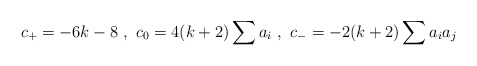
\begin{align*}c_+ = -6k - 8 \ ,\ c_0 = 4(k + 2)\sum a_i \ ,\ c_- = -2(k + 2)\sum a_i a_j\end{align*}